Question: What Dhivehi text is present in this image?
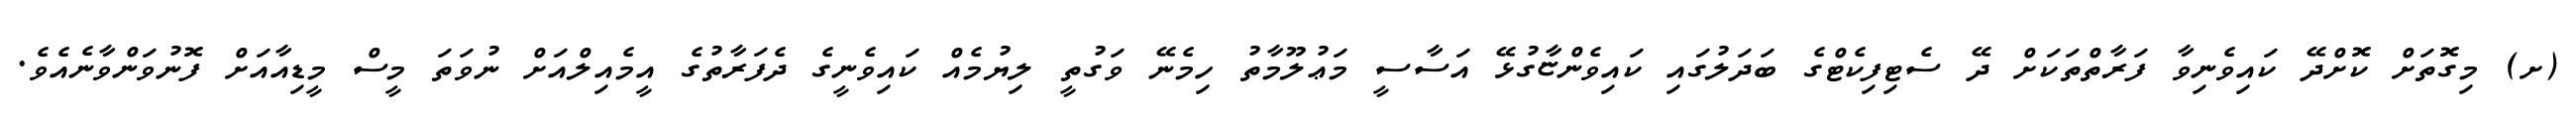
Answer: (ށ) މިގޮތަށް ކޮށްދޭ ކައިވެނިވާ ފަރާތްތަކަށް ދޭ ސެޓިފިކެޓްގެ ބަދަލުގައި ކައިވެންޏާގުޅޭ އަސާސީ މަޢުލޫމާތު ހިމެނޭ ވަގުތީ ލިޔުމެއް ކައިވެނީގެ ދެފަރާތުގެ އީމެއިލްއަށް ނުވަތަ މީސް މީޑިއާއަށް ފޮނުވަންވާނެއެވެ.